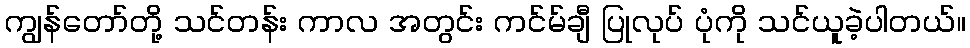
ကျွန်တော်တို့ သင်တန်း ကာလ အတွင်း ကင်မ်ချီ ပြုလုပ် ပုံကို သင်ယူခဲ့ပါတယ်။